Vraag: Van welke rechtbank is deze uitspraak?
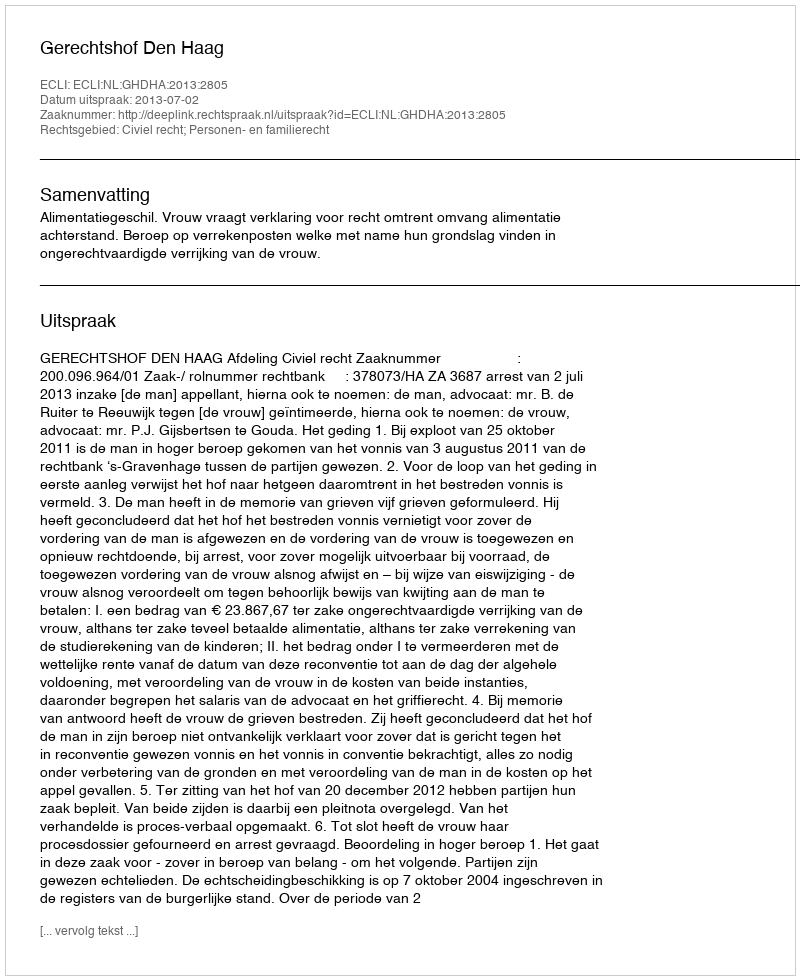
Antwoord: Gerechtshof Den Haag